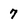
Character: 7